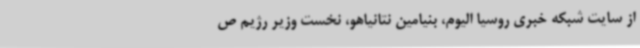
از سایت شبکه خبری روسیا الیوم، بنیامین نتانیاهو، نخست وزیر رژیم ص